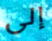
إلى